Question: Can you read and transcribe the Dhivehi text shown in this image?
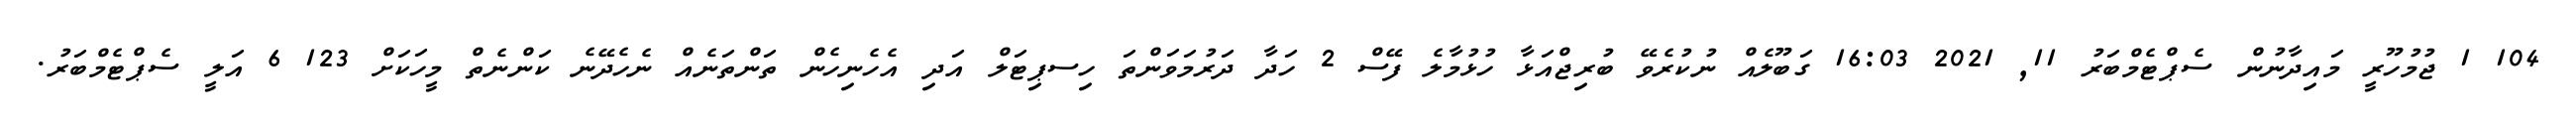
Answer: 104 1 ޖުމުހޫރީ މައިދާނުން ސެޕްޓެމްބަރު 11, 2021 16:03 ގަބޫލެއް ނުކުރެވޭ ބުރިޖްއަޅާ ހުޅުމާލެ ފޭސް 2 ހަދާ ދަރުމަވަންތަ ހިސޕިޓަލް އަދި އެހެނިހެން ތަންތަނެއް ނެހެދޭނެ ކަންނެތް މީހަކަށް 123 6 އަލީ ސެޕްޓެމްބަރު.